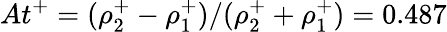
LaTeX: At^{+}=(\rho_{2}^{+}-\rho_{1}^{+})/(\rho_{2}^{+}+\rho_{1}^{+})=0.487